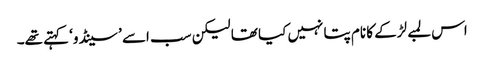
اس لمبے لڑکے کا نام پتا نہیں کیا تھا لیکن سب اسے ’سینڈو‘ کہتے تھے۔